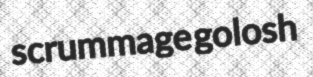
scrummage golosh